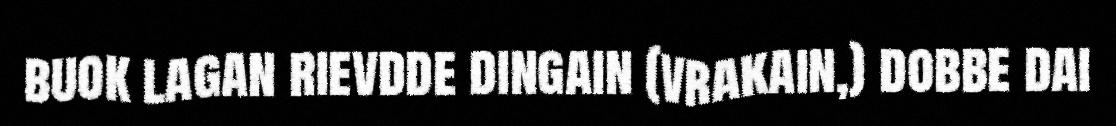
buok lagan rievdde dingain (vrakain,) dobbe dai